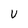
Character: v